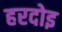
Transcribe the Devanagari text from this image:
हरदोइ